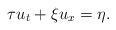
LaTeX: \begin{align*}\tau u_t+\xi u_x=\eta.\end{align*}